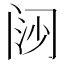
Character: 𬮪